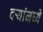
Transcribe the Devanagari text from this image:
दर्‍यांमध्ये